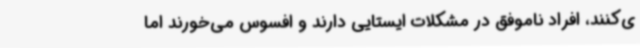
ی‌کنند، افراد ناموفق در مشکلات ایستایی دارند و افسوس می‌خورند اما